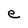
Character: e